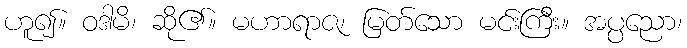
ဟူ၍။ ဝဒါမိ၊ ဆို၏။ မဟာရာဇ၊ မြတ်သော မင်းကြီး။ အပ္ပညော၊